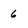
Character: 6